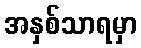
အနှစ်သာရမှာ